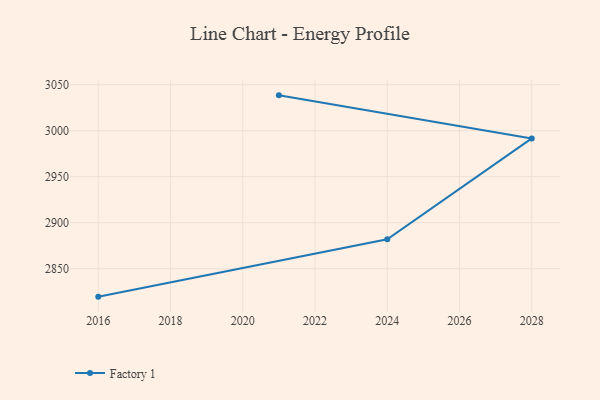
{"axis": {"x": "Year", "y": "Website Visitors"}, "legend": ["Factory 1"], "data": [{"x": "2016", "y": 2819.6, "type": "Factory 1"}, {"x": "2024", "y": 2881.9, "type": "Factory 1"}, {"x": "2028", "y": 2991.6, "type": "Factory 1"}, {"x": "2021", "y": 3038.4, "type": "Factory 1"}]}